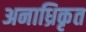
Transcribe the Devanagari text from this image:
अनाध्रिकृत